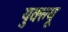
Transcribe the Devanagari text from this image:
युक्ल्यू